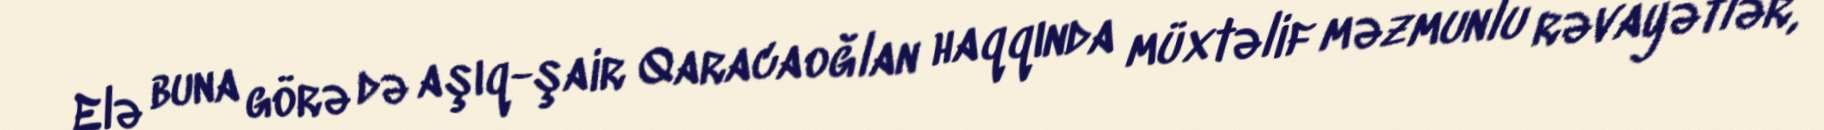
Elə buna görə də aşıq-şair Qaracaoğlan haqqında müxtəlif məzmunlu rəvayətlər,